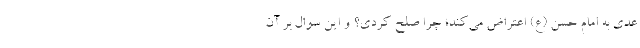
عدی به امام حسن (ع) اعتراض می‌کند؛ چرا صلح کردی؟ و این سوال بر آن